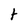
Character: t